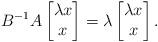
LaTeX: \begin{align*}B^{-1}A\begin{bmatrix}\lambda x\\ x\end{bmatrix}=\lambda\begin{bmatrix}\lambda x\\ x\end{bmatrix}.\end{align*}